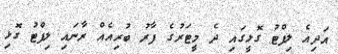
އަދިއެ ލިފްޓު ގޮޅީގައި ދެ މީޓަރުގެ ފާރު ބުރިއެއްް ރާނައި ލިފްޓު ގޮޅި